Statistical return of the lunatic asylum in Assam - 1912-1932
Year: 1912
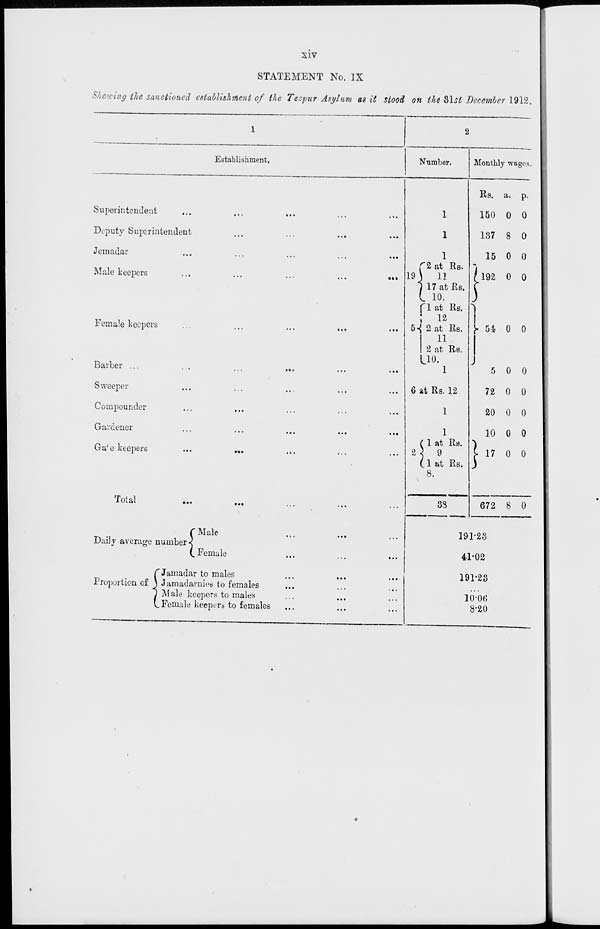
XIV
STATEMENT No. IX
Showing the sanctioned establishment of the Tezpur Asylum as it stood on the Slst December 1912.
Establishment.
Number.
Monthly wages.
Superintendent
Deputy Superintendent
Jemadar
Male keepers
Female keepers
Barber ...
Sweeper
Compounder
Gardener
Ga'e keepers
Total
f Male
Daily average numbers
C Female
TJamadar to males
Proportion of \ Jamadarnies to females
j Male keepers to males
L Female keeper* to females
1
1
1
'2 at Its.
11
17 at Us.
10.
fl at Rs.
;
ia
5-{ 2 at Rs.
11
I 2 at Rs.
Lio.
1
6 at Rs. 12
1
( 1 at Rs.
2} 9
(1 at Rs.
8.
{-510 0
5 0 0
72 0 0
20 0 0
10 0 0
17 0 0
33
}
672 8 0
191-28
41-02
191-28
100fi
8'2()